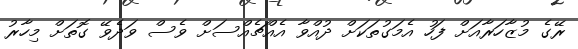
ރޭގެ މުޒާހަރާއަށް ފަހު އެމަގުތަކަށް ދުއްވާ އެއްޗެއްސަށް ވެސް ވަދެވޭ ގޮތަށް މިހާރު